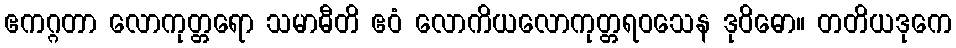
ဧကဂ္ဂတာ လောကုတ္တရော သမာဓီတိ ဧဝံ လောကိယလောကုတ္တရဝသေန ဒုဝိဓော။ တတိယဒုကေ